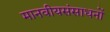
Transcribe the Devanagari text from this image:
मानवीयसंसाधनों